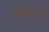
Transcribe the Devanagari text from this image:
मपीलो